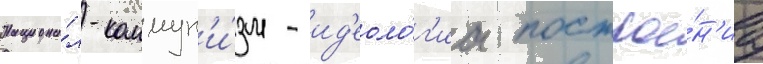
Национа́л-коммун'и́зм - ид'еоло́г'иа построе́н'иа